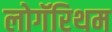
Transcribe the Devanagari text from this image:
लोगॅरिथम